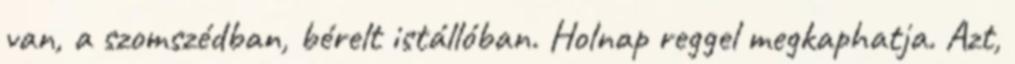
van, a szomszédban, bérelt istállóban. Holnap reggel megkaphatja. Azt,